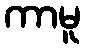
ကာမူ